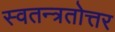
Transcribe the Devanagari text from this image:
स्वतन्त्रतोत्तर